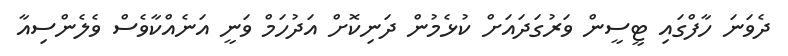
ދެވަނަ ހާފްގައި ޓީސީން ވަރުގަދައަށް ކުޅެމުން ދަނިކޮށް އަދުހަމް ވަނީ އަނެއްކާވެސް ވެލެންސިއާ